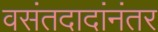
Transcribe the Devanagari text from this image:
वसंतदादांनंतर